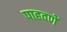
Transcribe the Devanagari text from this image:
पाहवणें